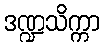
ဒဏ္ဍသိက္ကာ